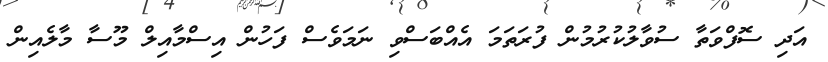
އަދި ސޮފްވަތާ ސުވާލުކުރުމުން ފުރަތަމަ އެއްބަސްވި ނަމަވެސް ފަހުން އިސްމާއިލް މޫސާ މާލެއިން